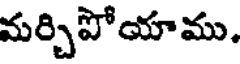
మర్చిపోయాము.